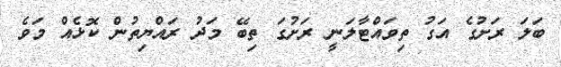
ބަލަ ރަށުގެ އަގު ތިވައްޓާލަނީ ރަށުގަ ތިބޭ މަދު ރައްޔިތުން ކޮޅެއް މަވެ